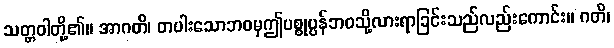
သတ္တဝါတို့၏။ အာဂတိ၊ တပါးသောဘဝမှဤပစ္စုပ္ပန်ဘဝသို့လားရာခြင်းသည်လည်းကောင်း။ ဂတိ၊